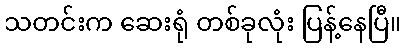
သတင်းက ဆေးရုံ တစ်ခုလုံး ပြန့်နေပြီ။